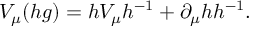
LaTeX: V _ { \mu } ( h g ) = h V _ { \mu } h ^ { - 1 } + \partial _ { \mu } h h ^ { - 1 } .